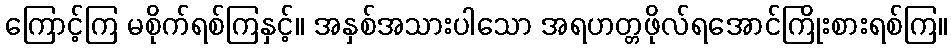
ကြောင့်ကြ မစိုက်ရစ်ကြနှင့်။ အနှစ်အသားပါသော အရဟတ္တဖိုလ်ရအောင်ကြိုးစားရစ်ကြ။